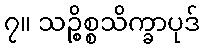
၇။ သဉ္စိစ္စသိက္ခာပုဒ်